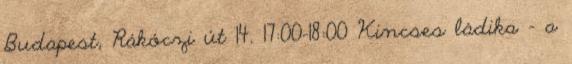
Budapest, Rákóczi út 14. 17:00-18:00 Kincses ládika – a